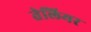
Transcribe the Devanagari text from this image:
तेलियर